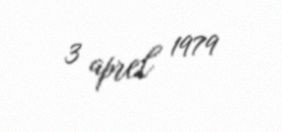
3 aprel 1979